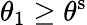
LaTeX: {\theta}_{1}\geq\theta^{\mathrm{s}}